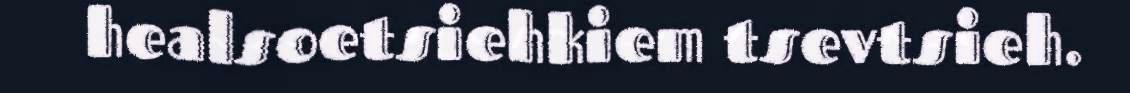
healsoetsiehkiem tsevtsieh.